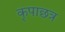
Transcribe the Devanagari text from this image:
कृपाछत्र